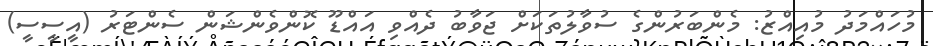
މުހައްމަދު މުއިއްޒު: މެންބަރުންގެ ސުވާލުތަކަށް ޖަވާބު ދެއްވި އައްޑޫ ކޮންވެންޝަން ސެންޓަރު (އީސީސީ)